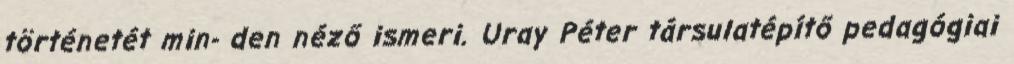
történetét min- den néző ismeri. Uray Péter társulatépítő pedagógiai